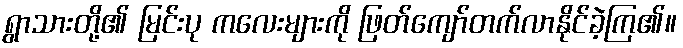
ရွာသားတို့၏ မြင်းပု ကလေးများကို ဖြတ်ကျော်တက်လာနိုင်ခဲ့ကြ၏။